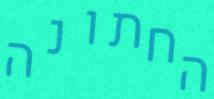
החתונה